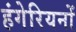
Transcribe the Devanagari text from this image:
हंगेरियनों